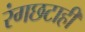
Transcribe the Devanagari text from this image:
रंगछटाही